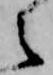
之